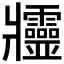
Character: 𤖥